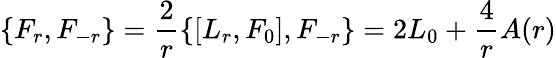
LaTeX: \{ F_{r},F_{-r}\} =\frac{2}{r}\{ [L_{r},F_{0}],F_{-r}\} =2L_{0}+\frac{4}{r}A(r)